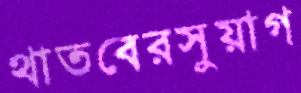
থাতবেরসুয়াগ